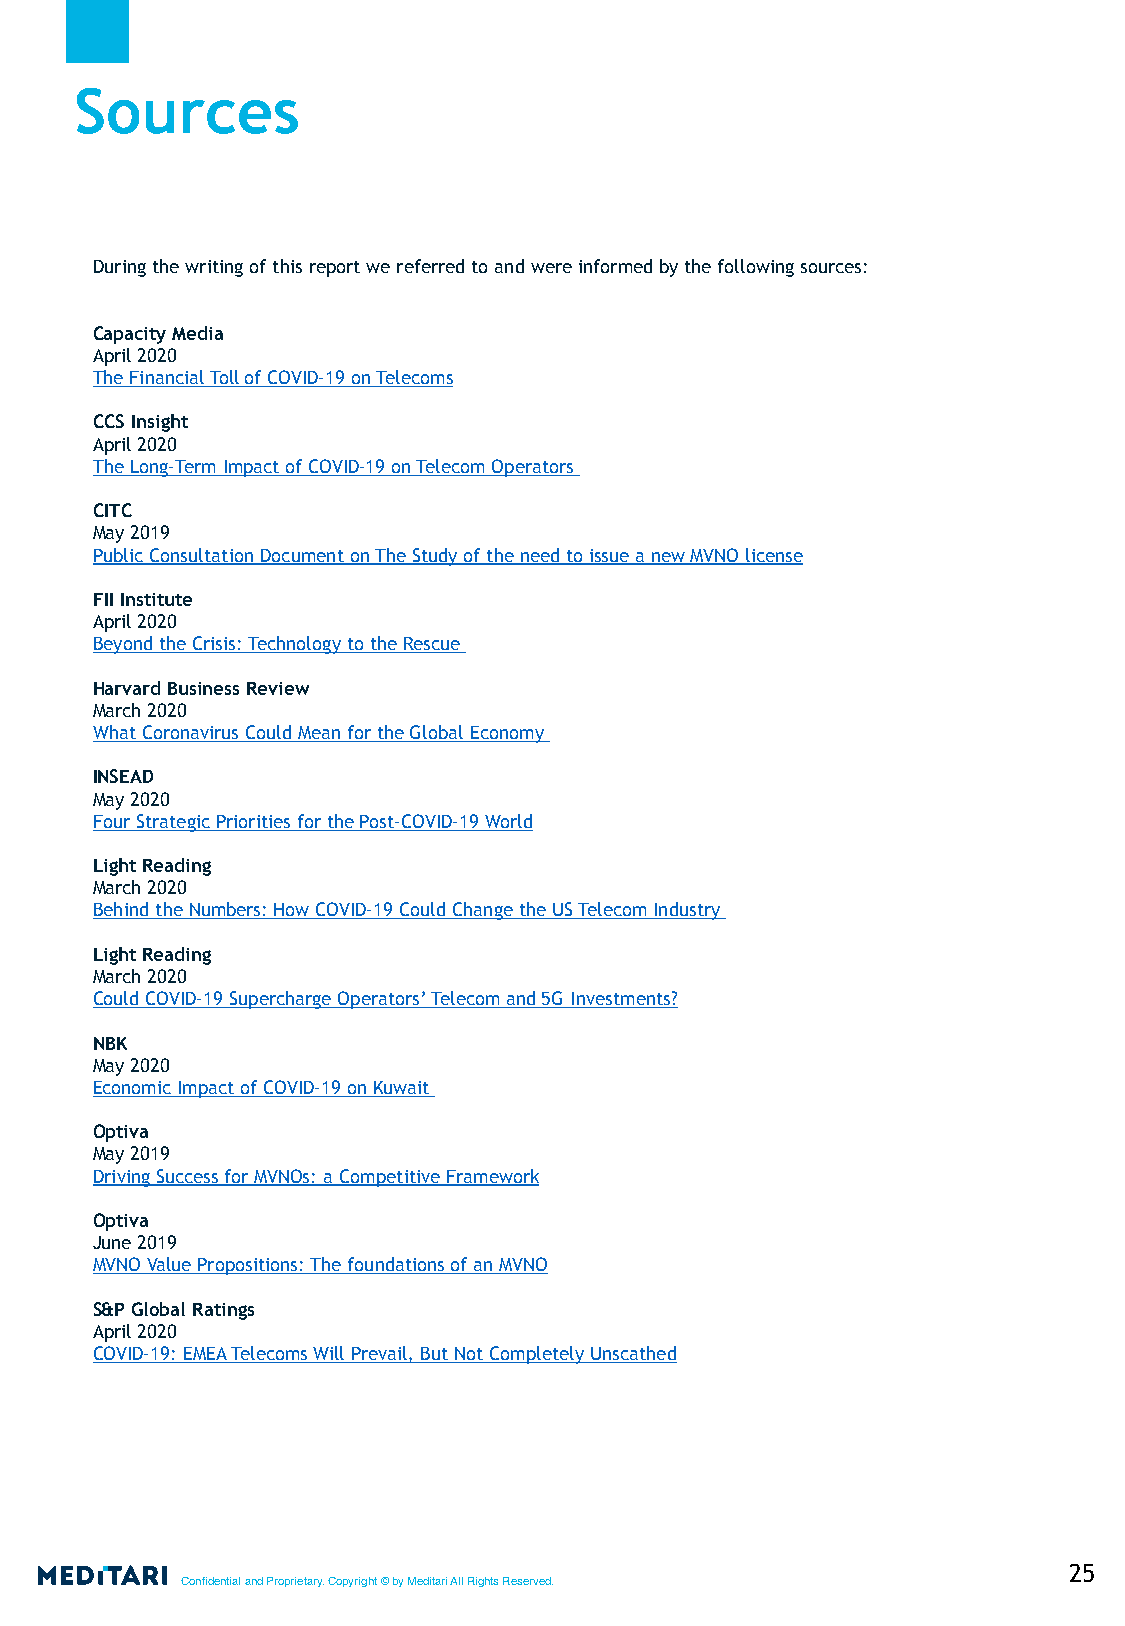
Sources
 During the writing of this report we referred to and were informed by the following sources:
 Capacity Media
 April 2020
 The Financial Toll of COVID-19 on Telecoms
 CCS Insight
 April 2020
 The Long-Term Impact of COVID-19 on Telecom Operators
 CITC
 May 2019
 Public Consultation Document on The Study of the need to issue a new MVNO license
 FII Institute
 April 2020
 Beyond the Crisis: Technology to the Rescue
 Harvard Business Review
 March 2020
 What Coronavirus Could Mean for the Global Economy
 INSEAD
 May 2020
 Four Strategic Priorities for the Post-COVID-19 World
 Light Reading
 March 2020
 Behind the Numbers: How COVID-19 Could Change the US Telecom Industry
 Light Reading
 March 2020
 Could COVID-19 Supercharge Operators’ Telecom and 5G Investments?
 NBK
 May 2020
 Economic Impact of COVID-19 on Kuwait
 Optiva
 May 2019
 Driving Success for MVNOs: a Competitive Framework
 Optiva
 June 2019
 MVNO Value Propositions: The foundations of an MVNO
 S&P Global Ratings
 April 2020
 COVID-19: EMEA Telecoms Will Prevail, But Not Completely Unscathed
 25
 Confidential and Proprietary. Copyright © by Meditari All Rights Reserved.